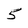
Character: 5